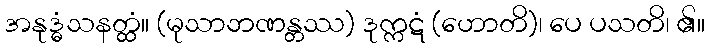
အနုဒ္ဓံသနတ္ထံ။ (မုသာဘဏန္တဿ) ဒုက္ကဋံ (ဟောတိ)၊ ပေ ပသတိ၊ ၏။